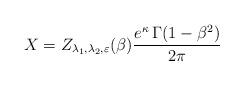
LaTeX: \begin{align*}X = Z_{\lambda_1,\lambda_2,\varepsilon}(\beta) \frac{e^{\kappa}\,\Gamma(1-\beta^2)}{2\pi}\end{align*}